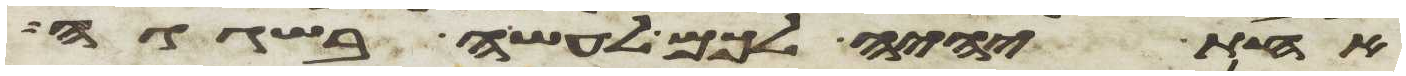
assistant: אחת יהיה לכם לעשה בשגגה